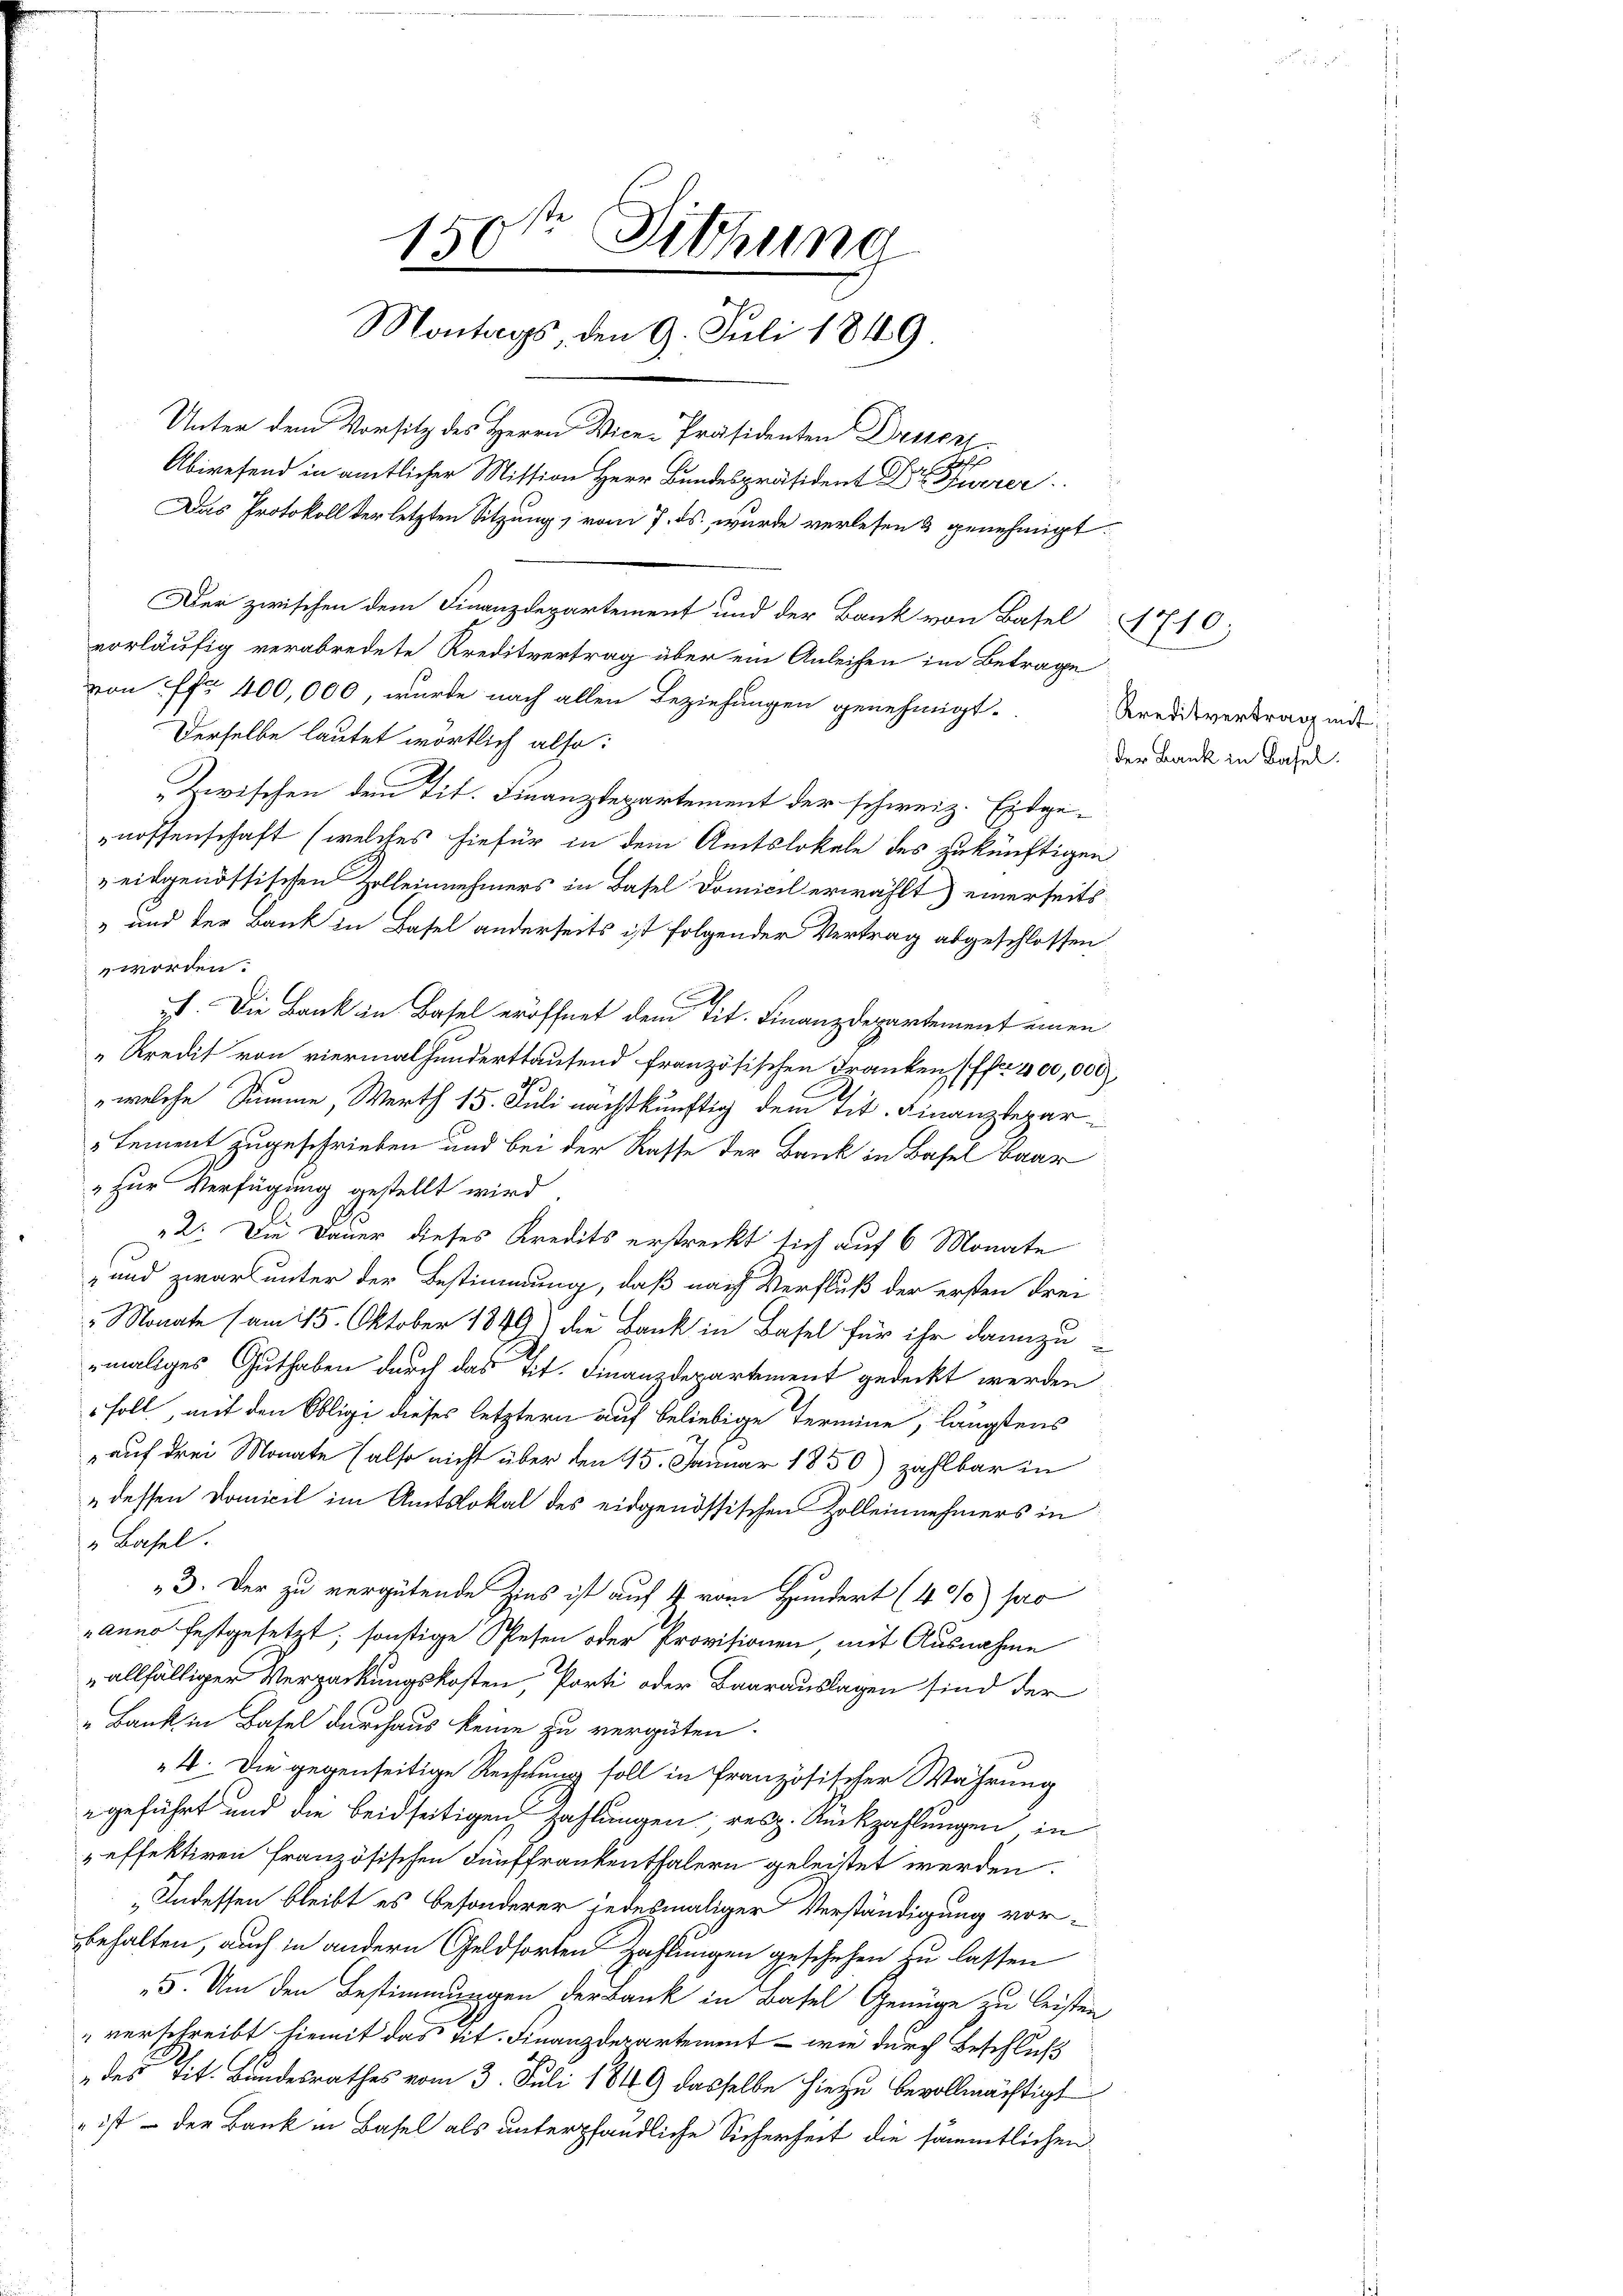
150sten Sitzung
Montags, den 9. Juli 1849

von fr 400,000, wurde nach allen Beziehungen genehmigt.
Derselbe lautet wörtlich also:
Zwischen dem Tit. Finanzdepartement der schweiz. Eidgenossenschaft (welches hiefür in dem Amtslokale des zukünftigen
eidgenössischen Zolleinnehmers in Basel Domicil erwählt) einerseits
" und der Bank in Basel anderseits ist folgender Vertrag abgeschlossen
worden.
II. Die Bank in Basel eröffnet dem Tit. Finanzdepartement einen
Kredit von viermalhunderttaufend französischen Franken (fr 400,000
„welche Summe, Werth 15. Juli nachstkünftig dem Tit. Finanzdepar¬
" Sement zugeschrieben und bei der Rasse der Bank in Basel baar
„zur Verfügung gestellt wird
2. Die Dauer dieses Kredits erstreckt sich auf 6 Monate
und zwar unter der Bestimmung, daß nach Verfluß der ersten drei
" Monate (am 15. Oktober 1849) die Bank in Basel für ihr dannzumaliges Guthaben durch das tit. Finanzdepartement gedeckt werden
" soll, mit den Obligi dieses letztern auf beliebige Termine, längstens
auf drei Monate (also nicht über den 15. Januar 1850) zahlbar in
dessen Domicil im Amtslokal des eidgenössischen Zolleinnehmers in
„ Basel.
e
3. Der zu vergütende Zins ist auf 4 vom Hundert (4 %%) so
anno festgesetzt, sonstige Spesen oder Provisionen mit Ausnahme
allfälliger Verpackungskosten, Porti oder Baarauslagen sind der
"Bank in Basel durchaus keine zu vergüten.
4. Die gegenseitige Rechnung soll in französischer Wahrung
geführt und die beidseitigen zahlungen, resp. Rückzahlungen in
„effektiren französischen Fünffrankenthalern geleistet werden.
„Indessen bleibt es besonderer jedesmaliger Verständigung vorbehalten, auch in andern Geldsorten Zahlungen geschehen zu lassen
5. Um den Bestimmungen der Bank in Basel Genüge zu leisten
verschreibt hiemit das tit. Finanzdepartement - wie durch Beschluß
 des Tit. Bundesrathes vom 3. Juli 1849 dasselbe hiezu bevollmächtigt
" ist – der Bank in Basel als unterpfändliche Sicherheit die sämmtlichen

Unter dem Vorsitz des Herrn Vice-Präsidenten Drusor
Abwesend in amtlicher Mittion Herr Bundespräsident Dr Furrer
Das Protokoll der letzten Sitzung, vom 7. ds. wurde verlesen & genehmigt.

Der zwischen dem Finanzdepartement und der Bank von Basel 1710;
vorläufig verabredete Kreditvertrag über ein Anleihen im Betrage

Kreditvertrag mit
der Bank in Basel.